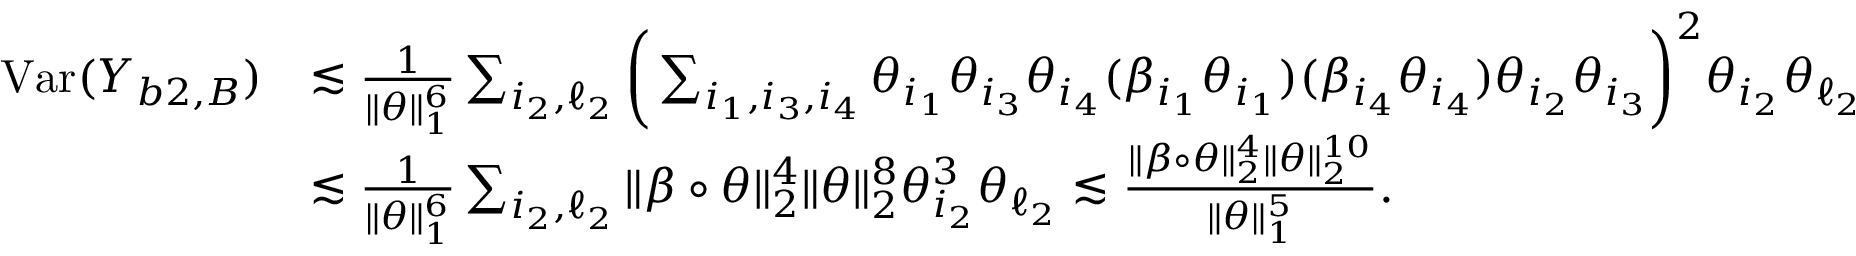
\begin{array} { r l } { \mathrm { V a r } ( Y _ { b 2 , B } ) } & { \lesssim \frac { 1 } { \| \theta \| _ { 1 } ^ { 6 } } \sum _ { i _ { 2 } , \ell _ { 2 } } \bigg ( \sum _ { i _ { 1 } , i _ { 3 } , i _ { 4 } } \theta _ { i _ { 1 } } \theta _ { i _ { 3 } } \theta _ { i _ { 4 } } ( \beta _ { i _ { 1 } } \theta _ { i _ { 1 } } ) ( \beta _ { i _ { 4 } } \theta _ { i _ { 4 } } ) \theta _ { i _ { 2 } } \theta _ { i _ { 3 } } \bigg ) ^ { 2 } \theta _ { i _ { 2 } } \theta _ { \ell _ { 2 } } } \\ & { \lesssim \frac { 1 } { \| \theta \| _ { 1 } ^ { 6 } } \sum _ { i _ { 2 } , \ell _ { 2 } } \| \beta \circ \theta \| _ { 2 } ^ { 4 } \| \theta \| _ { 2 } ^ { 8 } \theta _ { i _ { 2 } } ^ { 3 } \theta _ { \ell _ { 2 } } \lesssim \frac { \| \beta \circ \theta \| _ { 2 } ^ { 4 } \| \theta \| _ { 2 } ^ { 1 0 } } { \| \theta \| _ { 1 } ^ { 5 } } . } \end{array}